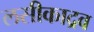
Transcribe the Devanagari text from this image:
लसीकाद्रव